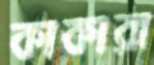
কাকারা